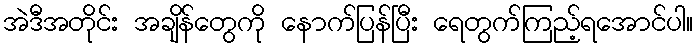
အဲဒီအတိုင်း အချိန်တွေကို နောက်ပြန်ပြီး ရေတွက်ကြည့်ရအောင်ပါ။